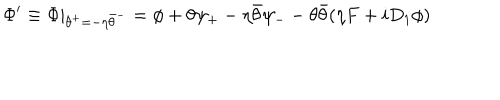
\Phi ^ { \prime } \equiv \Phi | _ { \theta ^ { + } = - \eta \bar { \theta } ^ { - } } = \phi + \theta \psi _ { + } - \eta \bar { \theta } \psi _ { - } - \theta \bar { \theta } ( \eta F + i D _ { 1 } \phi )